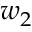
w _ { 2 }